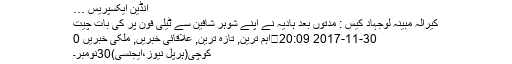
انڈین ایکسپریس …
کیرالہ مبینہ لوجہاد کیس : مدتوں بعد ہادیہ نے اپنے شوہر شافین سے ٹیلی فون پر کی بات چیت
30-11-2017 20:09	اہم ترین, تازہ ترین, علاقائی خبریں, ملکی خبریں 0
کوچی(ہرپل نیوز،ایجنسی)30نومبر۔